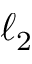
\ell _ { 2 }